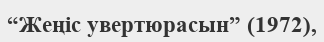
“Жеңіс увертюрасын” (1972),